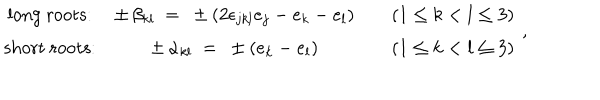
LaTeX: \begin{array} { c c c c } { { \mathrm { l o n g ~ r o o t s : } } } & { { \pm \, \beta _ { k l } ~ = ~ \pm ( 2 \epsilon _ { j k l } e _ { j } - e _ { k } - e _ { l } ) } } & { { } } & { { ( 1 \leq k < l \leq 3 ) } } \\ { { \mathrm { s h o r t ~ r o o t s : } } } & { { \pm \, \alpha _ { k l } ~ = ~ \pm ( e _ { k } - e _ { l } ) } } & { { } } & { { ( 1 \leq k < l \leq 3 ) } } \\ \end{array} ~ ,